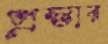
প্রস্তার